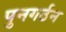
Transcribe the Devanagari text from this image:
पुनगर्ठन